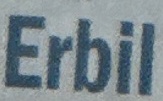
Erbil